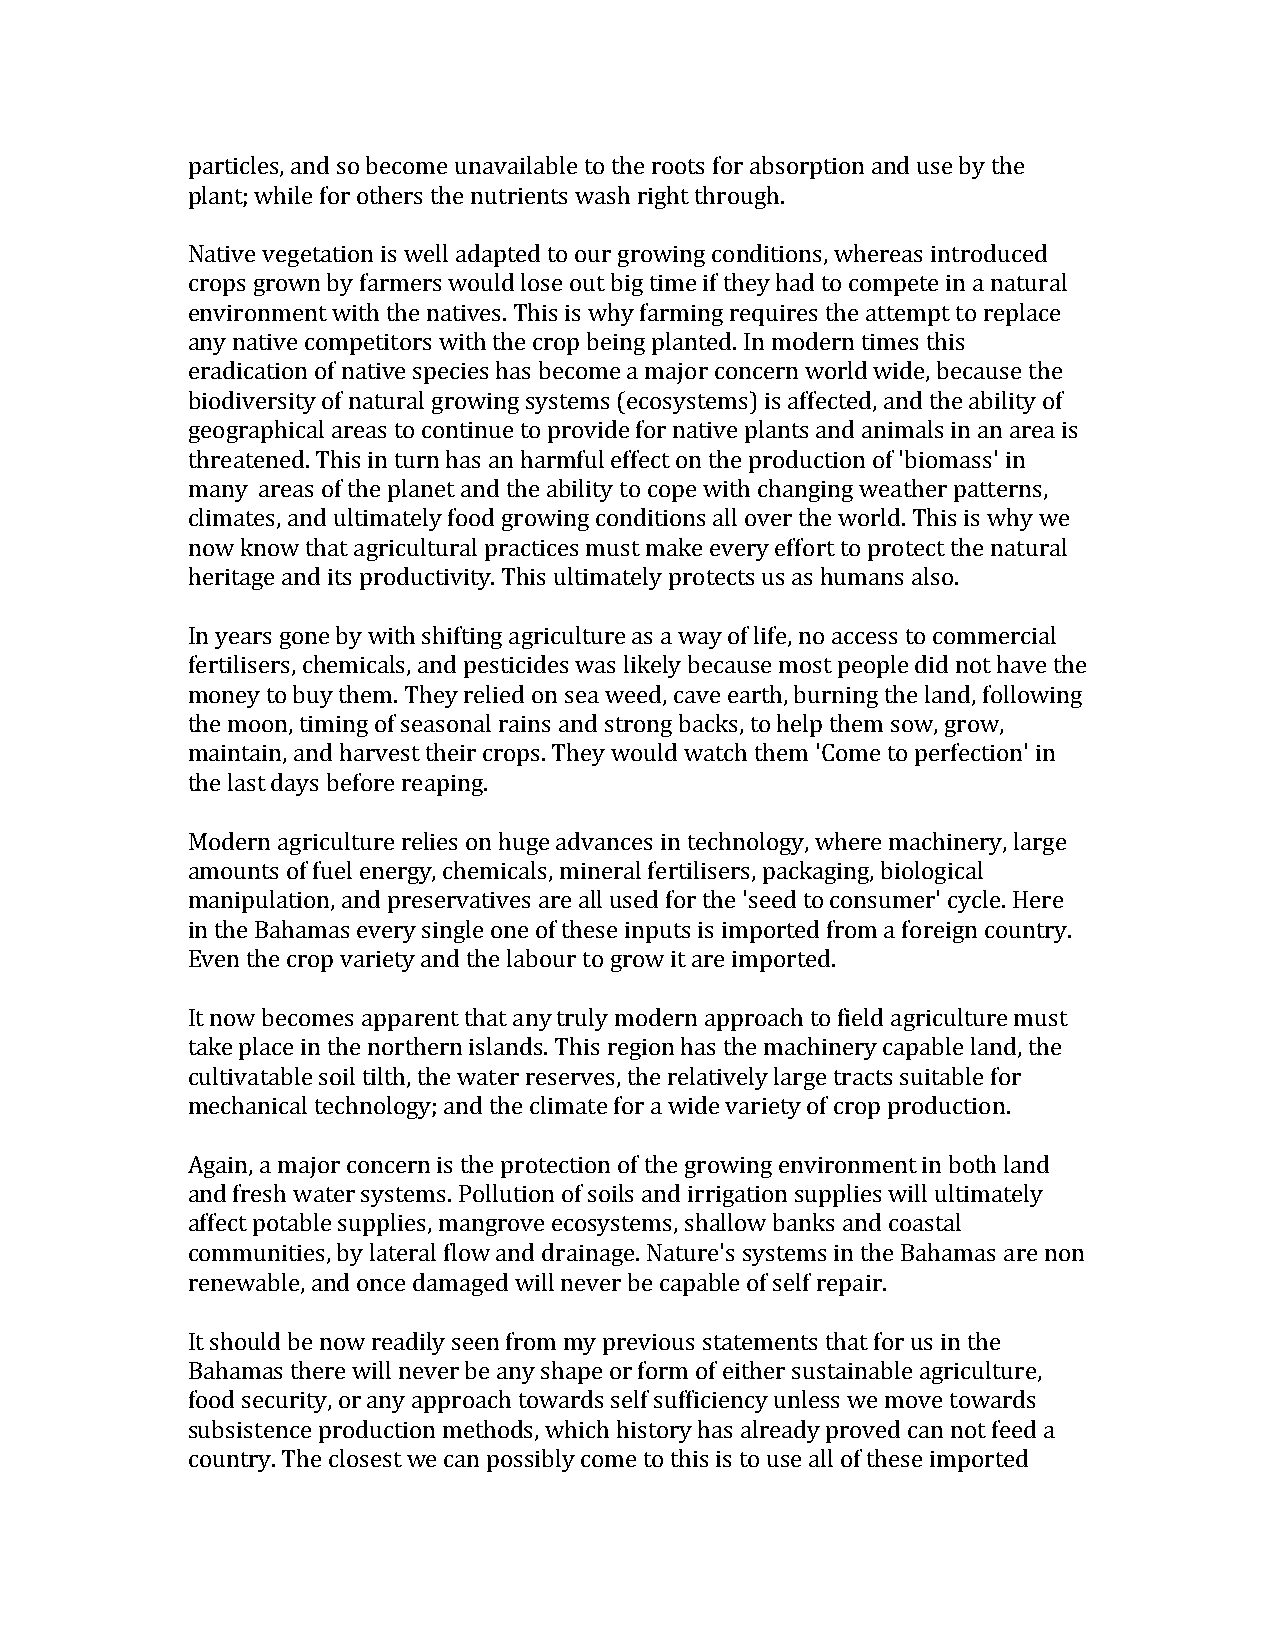
particles, and so become unavailable to the roots for absorption and use by the
 plant; while for others the nutrients wash right through.
 Native vegetation is well adapted to our growing conditions, whereas introduced
 crops grown by farmers would lose out big time if they had to compete in a natural
 environment with the natives. This is why farming requires the attempt to replace
 any native competitors with the crop being planted. In modern times this
 eradication of native species has become a major concern world wide, because the
 biodiversity of natural growing systems (ecosystems) is affected, and the ability of
 geographical areas to continue to provide for native plants and animals in an area is
 threatened. This in turn has an harmful effect on the production of 'biomass' in
 many areas of the planet and the ability to cope with changing weather patterns,
 climates, and ultimately food growing conditions all over the world. This is why we
 now know that agricultural practices must make every effort to protect the natural
 heritage and its productivity. This ultimately protects us as humans also.
 In years gone by with shifting agriculture as a way of life, no access to commercial
 fertilisers, chemicals, and pesticides was likely because most people did not have the
 money to buy them. They relied on sea weed, cave earth, burning the land, following
 the moon, timing of seasonal rains and strong backs, to help them sow, grow,
 maintain, and harvest their crops. They would watch them 'Come to perfection' in
 the last days before reaping.
 Modern agriculture relies on huge advances in technology, where machinery, large
 amounts of fuel energy, chemicals, mineral fertilisers, packaging, biological
 manipulation, and preservatives are all used for the 'seed to consumer' cycle. Here
 in the Bahamas every single one of these inputs is imported from a foreign country.
 Even the crop variety and the labour to grow it are imported.
 It now becomes apparent that any truly modern approach to field agriculture must
 take place in the northern islands. This region has the machinery capable land, the
 cultivatable soil tilth, the water reserves, the relatively large tracts suitable for
 mechanical technology; and the climate for a wide variety of crop production.
 Again, a major concern is the protection of the growing environment in both land
 and fresh water systems. Pollution of soils and irrigation supplies will ultimately
 affect potable supplies, mangrove ecosystems, shallow banks and coastal
 communities, by lateral flow and drainage. Nature's systems in the Bahamas are non
 renewable, and once damaged will never be capable of self repair.
 It should be now readily seen from my previous statements that for us in the
 Bahamas there will never be any shape or form of either sustainable agriculture,
 food security, or any approach towards self sufficiency unless we move towards
 subsistence production methods, which history has already proved can not feed a
 country. The closest we can possibly come to this is to use all of these imported